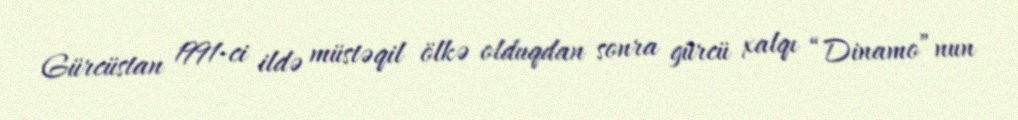
Gürcüstan 1991-ci ildə müstəqil ölkə olduqdan sonra gürcü xalqı “Dinamo”nun